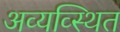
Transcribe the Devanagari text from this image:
अव्यव्स्थित